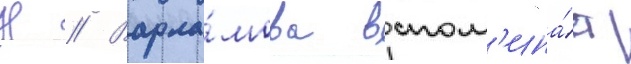
Н // Варла́мова вспом'ина́ет